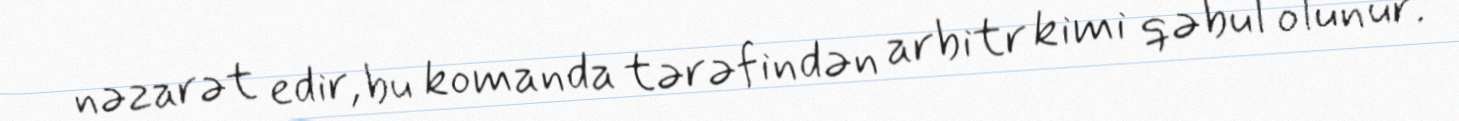
nəzarət edir, bu komanda tərəfindən arbitr kimi qəbul olunur.